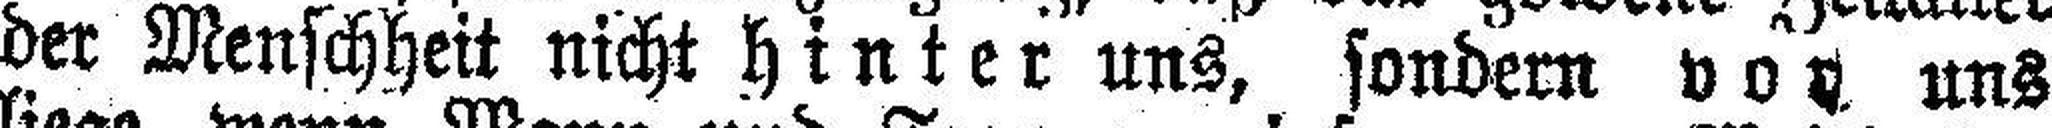
der Menschheit nicht hinter uns, sondern vor uns